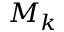
M _ { k }